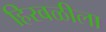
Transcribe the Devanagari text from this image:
हिरवळीला